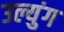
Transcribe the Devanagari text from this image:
उल्युंग